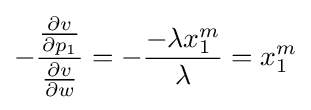
-{\frac {\frac {\partial v}{\partial p_{1}}}{\frac {\partial v}{\partial w}}}=-{\frac {-\lambda x_{1}^{m}}{\lambda }}=x_{1}^{m}